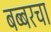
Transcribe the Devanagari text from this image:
बब्बरचा